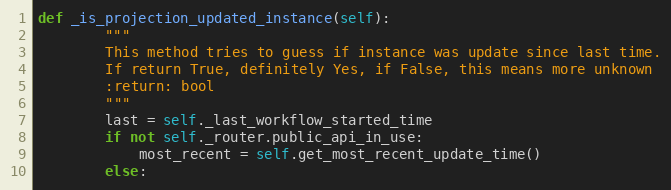
Language: Python
def _is_projection_updated_instance(self):
        """
        This method tries to guess if instance was update since last time.
        If return True, definitely Yes, if False, this means more unknown
        :return: bool
        """
        last = self._last_workflow_started_time
        if not self._router.public_api_in_use:
            most_recent = self.get_most_recent_update_time()
        else: